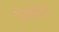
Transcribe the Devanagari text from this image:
जेलकैप